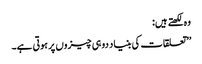
وہ لکھتے ہیں:
’’تعلقات کی بنیاد دو ہی چیزوں پر ہوتی ہے۔